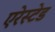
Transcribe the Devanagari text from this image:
एरेस्टेड